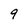
Character: 9